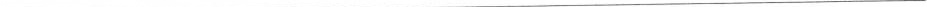
___